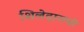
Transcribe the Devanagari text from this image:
शिलेदाराची